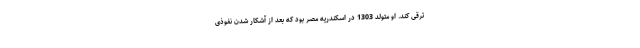
ترقی کند. او متولد 1303 در اسکندریه مصر بود که بعد از آشکار شدن نفوذی